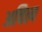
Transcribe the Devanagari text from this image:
अचित्य